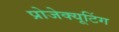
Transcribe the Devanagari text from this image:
प्रोजेक्यूटिंग